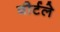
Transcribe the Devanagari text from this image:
वौर्टले